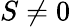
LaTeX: S\ne 0